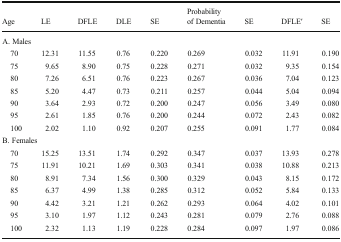
<table><thead><tr><td><b>Age</b></td><td><b>LE</b></td><td><b>DFLE</b></td><td><b>DLE</b></td><td><b>SE</b></td><td><b>Probability of Dementia</b></td><td><b>SE</b></td><td><b>DFLE′</b></td><td><b>SE</b></td></tr></thead><tbody><tr><td colspan="9">A. Males</td></tr><tr><td> 70</td><td>12.31</td><td>11.55</td><td>0.76</td><td>0.220</td><td>0.269</td><td>0.032</td><td>11.91</td><td>0.190</td></tr><tr><td> 75</td><td>9.65</td><td>8.90</td><td>0.75</td><td>0.228</td><td>0.271</td><td>0.032</td><td>9.35</td><td>0.154</td></tr><tr><td> 80</td><td>7.26</td><td>6.51</td><td>0.76</td><td>0.223</td><td>0.267</td><td>0.036</td><td>7.04</td><td>0.123</td></tr><tr><td> 85</td><td>5.20</td><td>4.47</td><td>0.73</td><td>0.211</td><td>0.257</td><td>0.044</td><td>5.04</td><td>0.094</td></tr><tr><td> 90</td><td>3.64</td><td>2.93</td><td>0.72</td><td>0.200</td><td>0.247</td><td>0.056</td><td>3.49</td><td>0.080</td></tr><tr><td> 95</td><td>2.61</td><td>1.85</td><td>0.76</td><td>0.200</td><td>0.244</td><td>0.072</td><td>2.43</td><td>0.082</td></tr><tr><td> 100</td><td>2.02</td><td>1.10</td><td>0.92</td><td>0.207</td><td>0.255</td><td>0.091</td><td>1.77</td><td>0.084</td></tr><tr><td colspan="9">B. Females</td></tr><tr><td> 70</td><td>15.25</td><td>13.51</td><td>1.74</td><td>0.292</td><td>0.347</td><td>0.037</td><td>13.93</td><td>0.278</td></tr><tr><td> 75</td><td>11.91</td><td>10.21</td><td>1.69</td><td>0.303</td><td>0.341</td><td>0.038</td><td>10.88</td><td>0.213</td></tr><tr><td> 80</td><td>8.91</td><td>7.34</td><td>1.56</td><td>0.300</td><td>0.329</td><td>0.043</td><td>8.15</td><td>0.172</td></tr><tr><td> 85</td><td>6.37</td><td>4.99</td><td>1.38</td><td>0.285</td><td>0.312</td><td>0.052</td><td>5.84</td><td>0.133</td></tr><tr><td> 90</td><td>4.42</td><td>3.21</td><td>1.21</td><td>0.262</td><td>0.293</td><td>0.064</td><td>4.02</td><td>0.101</td></tr><tr><td> 95</td><td>3.10</td><td>1.97</td><td>1.12</td><td>0.243</td><td>0.281</td><td>0.079</td><td>2.76</td><td>0.088</td></tr><tr><td> 100</td><td>2.32</td><td>1.13</td><td>1.19</td><td>0.228</td><td>0.284</td><td>0.097</td><td>1.97</td><td>0.086</td></tr></tbody></table>